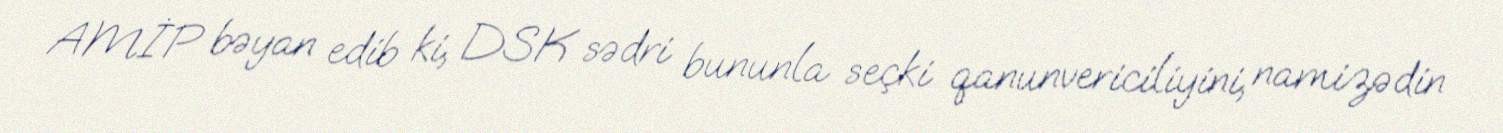
AMİP bəyan edib ki, DSK sədri bununla seçki qanunvericiliyini, namizədin